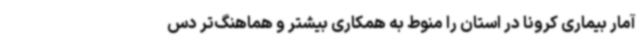
آمار بیماری کرونا در استان را منوط به همکاری بیشتر و هماهنگ‌تر دس